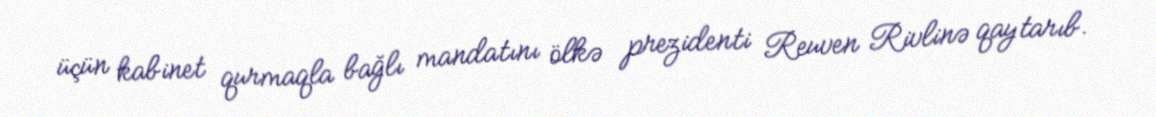
üçün kabinet qurmaqla bağlı mandatını ölkə prezidenti Reuven Rivlinə qaytarıb.